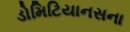
ડોમિટિયાનસના